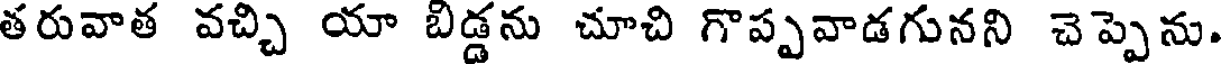
తరువాత వచ్చి యా బిడ్డను చూచి గొప్పవాడగునని చెప్పెను.